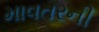
માવતરની